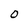
Character: O